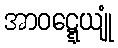
အာဝဋ္ဋေယျုံ